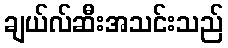
ချယ်လ်ဆီးအသင်းသည်